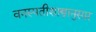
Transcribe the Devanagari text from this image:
वनस्पतीशास्त्रानुसार